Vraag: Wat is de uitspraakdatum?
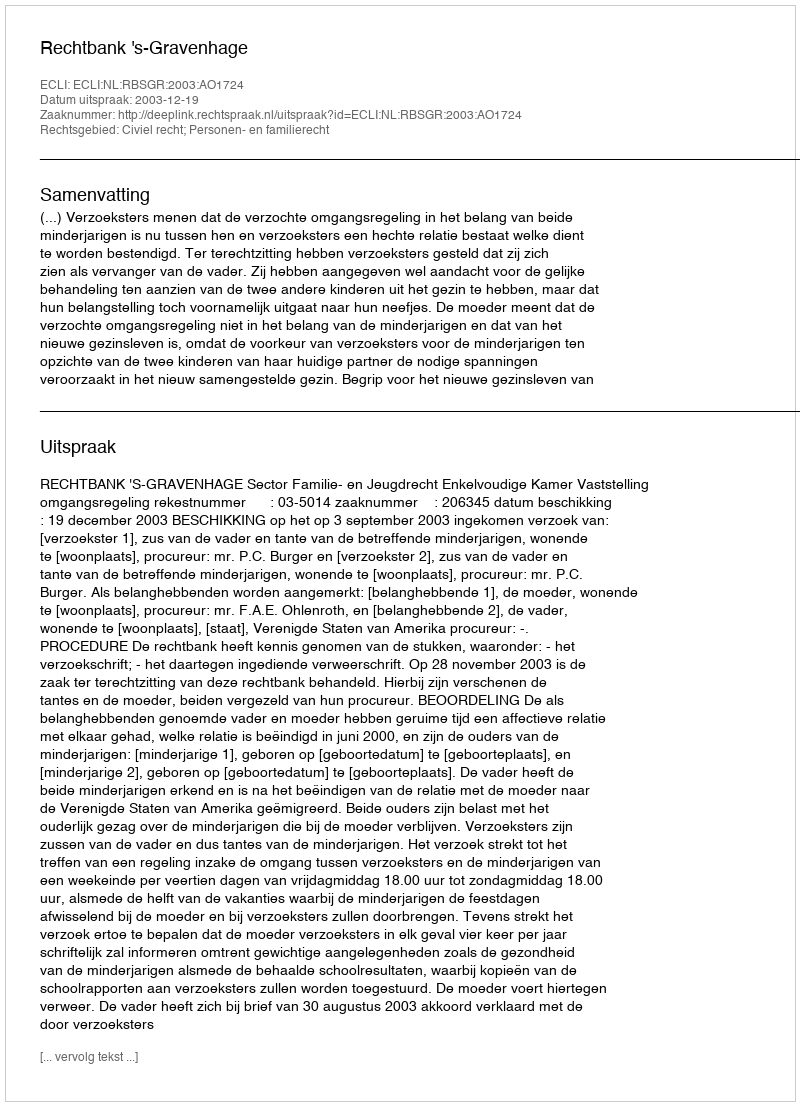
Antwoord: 2003-12-19